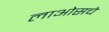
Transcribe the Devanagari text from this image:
लाओसचे